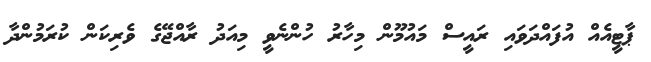
ޕާޓީއެއް އުފައްދަވައި ރައީސް މައުމޫން މިހާރު ހުންނެވީ މިއަދު ރާއްޖޭގެ ވެރިކަން ކުރަމުންދާ